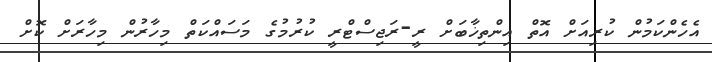
އެހެންކަމުން ކުރިއަށް އޮތް އިންތިޚާބަށް ރީ-ރަޖިސްޓްރީ ކުރުމުގެ މަސައްކަތް މިހާރުން މިހާރަށް ކޮށް